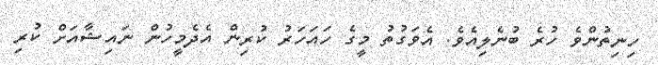
ހިނިތުންވެ ހުރެ ބުނެލިއެވެ. އެވަގުތު މީގެ ހައަހަރު ކުރިން އެދެމީހުން ނައިޝާއަށް ކުރި